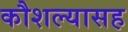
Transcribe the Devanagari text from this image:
कौशल्यासह